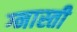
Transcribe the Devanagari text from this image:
ग्नास्ती